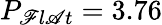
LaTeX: P_{\mathscr{F}l\mathscr{A}t}=3.76